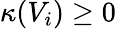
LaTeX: \kappa(V_{i})\ge 0